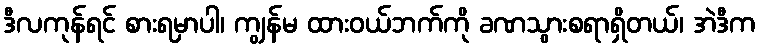
ဒီလကုန်ရင် စားရမှာပါ၊ ကျွန်မ ထားဝယ်ဘက်ကို ခဏသွားစရာရှိတယ်၊ အဲဒီက